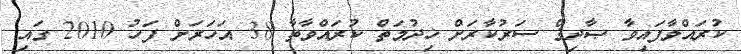
ކުރައްވާފައިވާ ޞާދިޤް ސަރުކާރަށް ޚިދުމަތް ކުރައްވާތާ 38 އަހަރަށް ފަހު 2010 ގައި